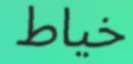
خياط